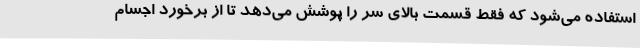
استفاده می‌شود که فقط قسمت بالای سر را پوشش می‌دهد تا از برخورد اجسام